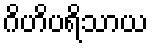
ဂိဟိပရိသာယ